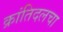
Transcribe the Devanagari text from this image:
क्रांतिदलचा